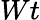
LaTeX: Wt